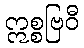
ဣစ္စဗြဝီ